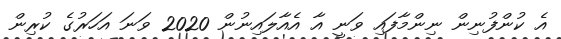
އެ ކުންފުނިން ނިންމާފައި ވަނީ އާ އެއާލައިނުން 2020 ވަނަ އަހަރުގެ ކުރިން